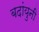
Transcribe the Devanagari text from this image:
बदांयुनी